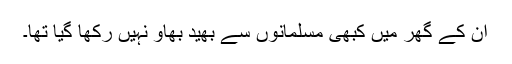
ان کے گھر میں کبھی مسلمانوں سے بھید بھاؤ نہیں رکھا گیا تھا۔